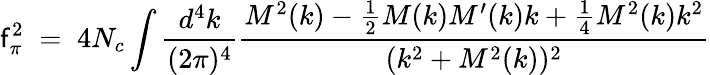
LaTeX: \mathsf{f}_{\pi}^{2}\; =\; 4N_{c}\int\frac{{d^{4}k}}{{(2\pi)^{4}}}\frac{{M^{2}(k)-\frac{1}{2}M(k)M^{\prime}(k)k+\frac{1}{4}M^{2}(k)k^{2}}}{{(k^{2}+M^{2}(k))^{2}}}